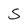
Character: S